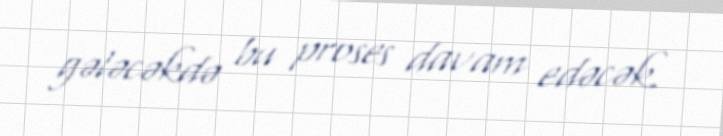
gələcəkdə bu proses davam edəcək.